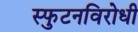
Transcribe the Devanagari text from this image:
स्‍फुटनविरोधी